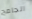
الجامح